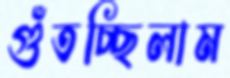
গুঁতচ্ছিলাম